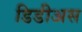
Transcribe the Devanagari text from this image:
डिडीअस